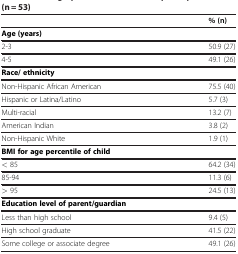
<table><thead><tr><td><b> </b></td><td><b>% (n)</b></td></tr></thead><tbody><tr><td><b>Age (years)</b></td><td> </td></tr><tr><td>2-3</td><td>50.9 (27)</td></tr><tr><td>4-5</td><td>49.1 (26)</td></tr><tr><td><b>Race/ ethnicity</b></td><td> </td></tr><tr><td>Non-Hispanic African American</td><td>75.5 (40)</td></tr><tr><td>Hispanic or Latina/Latino</td><td>5.7 (3)</td></tr><tr><td>Multi-racial</td><td>13.2 (7)</td></tr><tr><td>American Indian</td><td>3.8 (2)</td></tr><tr><td>Non-Hispanic White</td><td>1.9 (1)</td></tr><tr><td><b>BMI for age percentile of child</b></td><td> </td></tr><tr><td>&lt; 85</td><td>64.2 (34)</td></tr><tr><td>85-94</td><td>11.3 (6)</td></tr><tr><td><underline>&gt;</underline> 95</td><td>24.5 (13)</td></tr><tr><td><b>Education level of parent/guardian</b></td><td> </td></tr><tr><td>Less than high school</td><td>9.4 (5)</td></tr><tr><td>High school graduate</td><td>41.5 (22)</td></tr><tr><td>Some college or associate degree</td><td>49.1 (26)</td></tr></tbody></table>